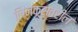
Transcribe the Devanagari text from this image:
लिनक्सवरील